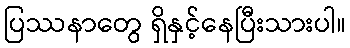
ပြဿနာတွေ ရှိနှင့်နေပြီးသားပါ။